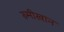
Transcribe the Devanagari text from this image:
रुमीखान